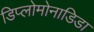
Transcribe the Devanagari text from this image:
डिप्लोमोनाडिडा